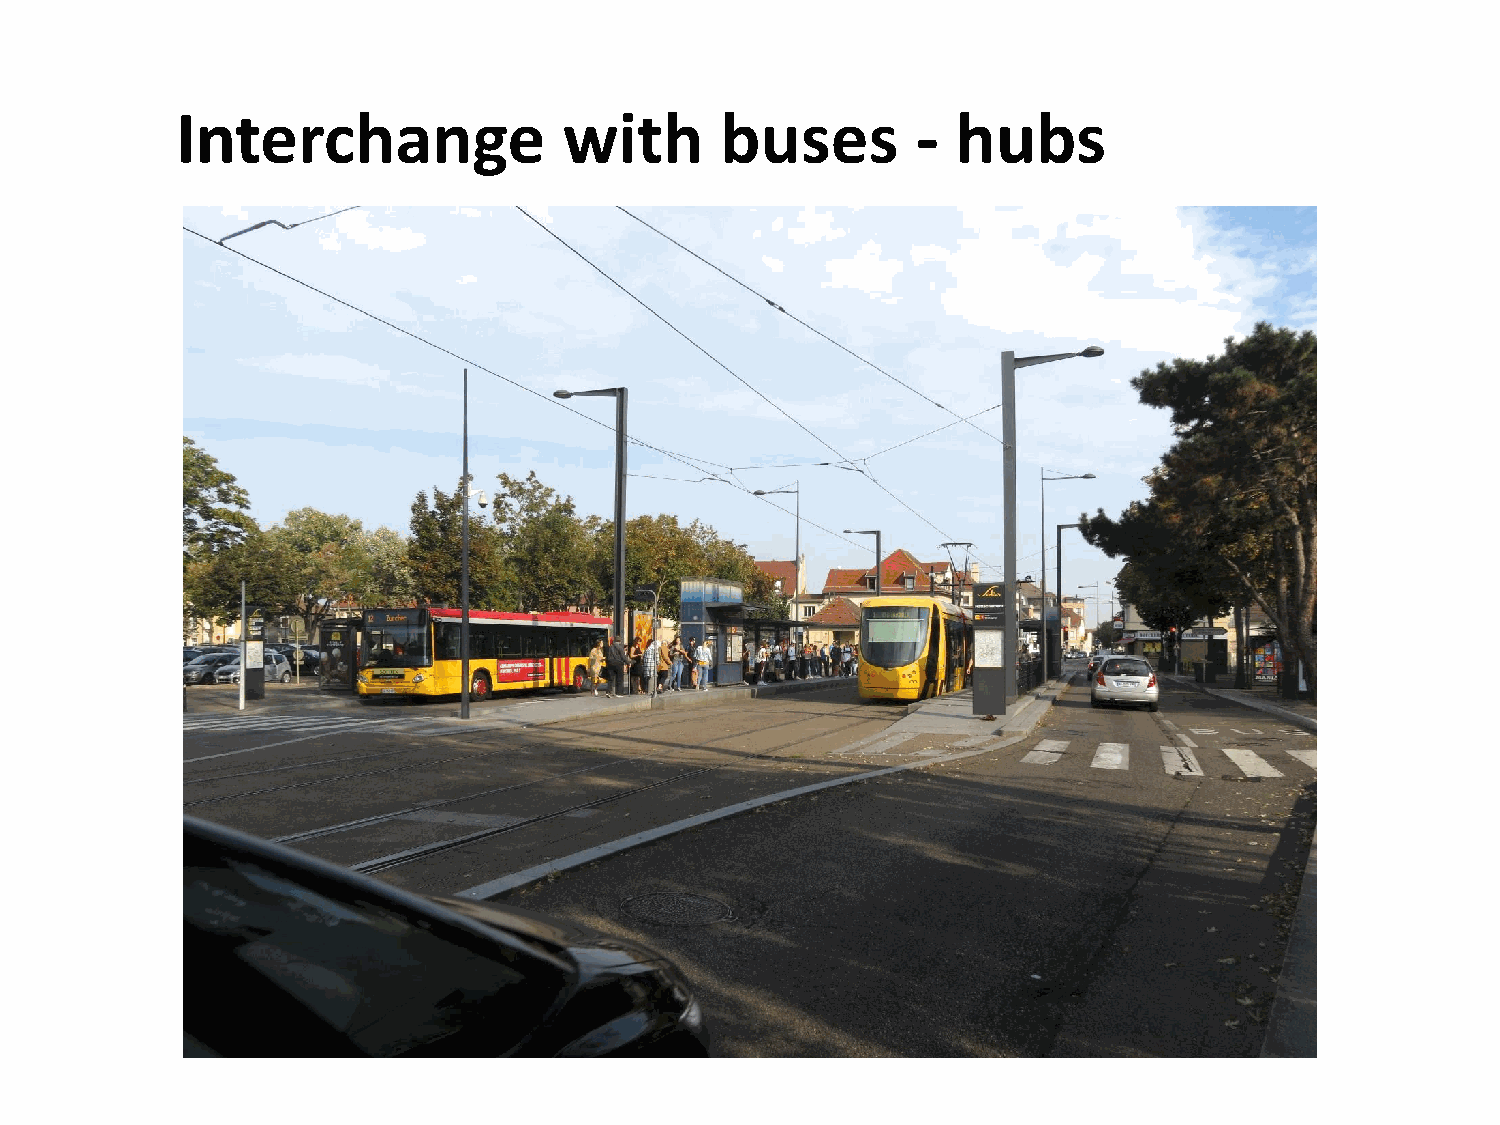
Interchange              with       buses        - hubs